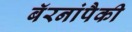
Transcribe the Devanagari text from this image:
बॅरनांपैकी